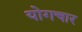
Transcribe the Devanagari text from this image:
योगचार